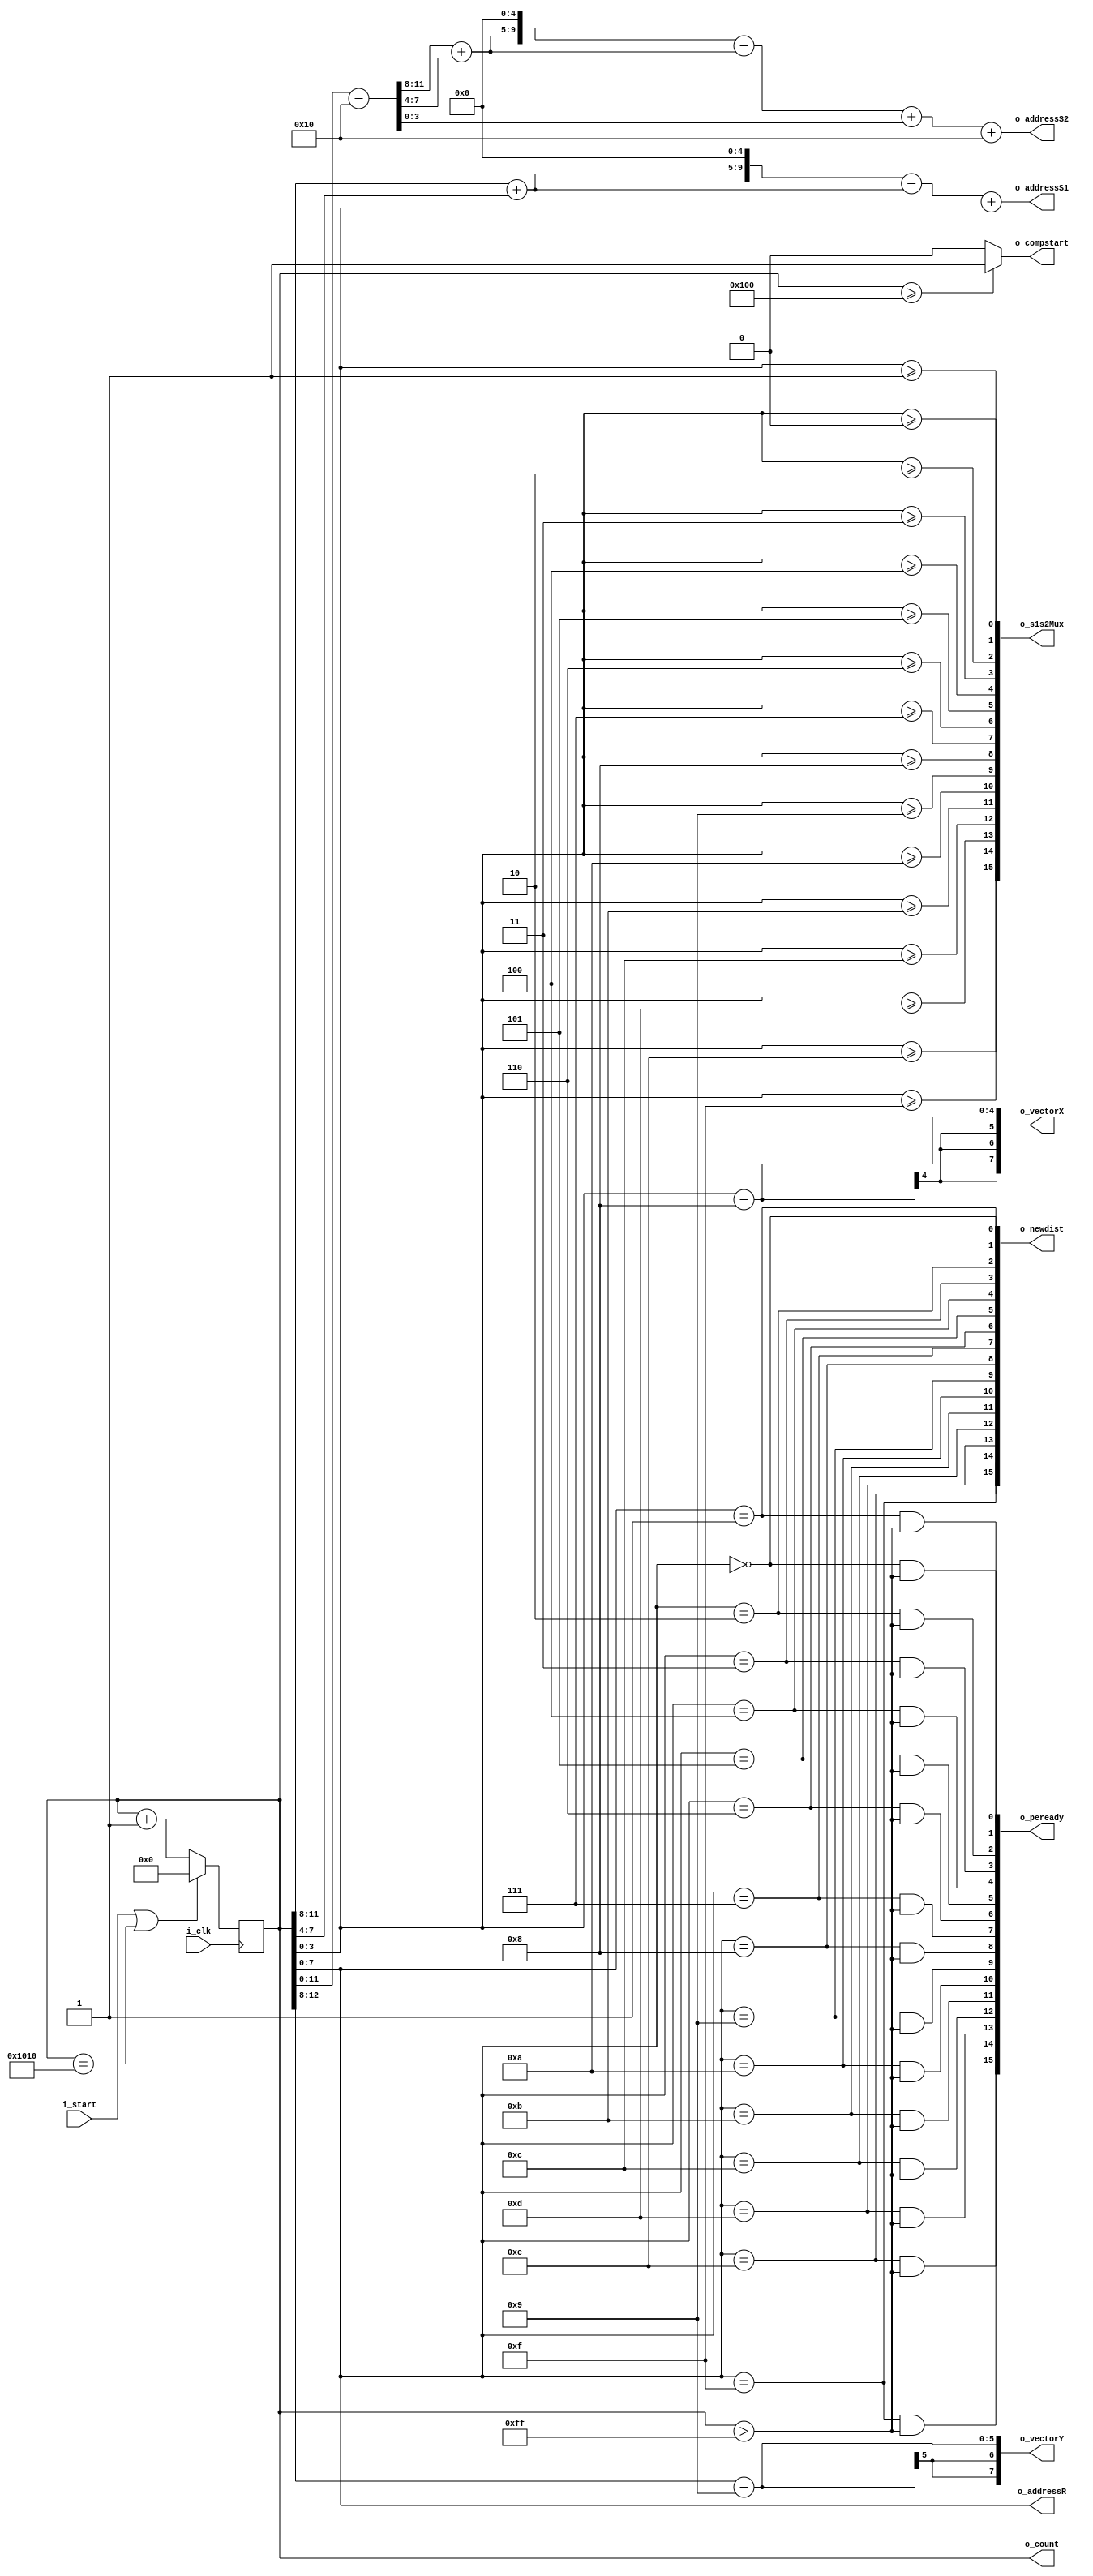
module controller(i_clk, i_start, o_s1s2Mux, o_newdist, o_count, o_compstart, o_peready, o_vectorX, o_vectorY, o_addressR, o_addressS1, o_addressS2);

input               i_clk;
input               i_start;

output  [15:0]      o_s1s2Mux;
output  [15:0]      o_newdist;
output              o_compstart;
output  [15:0]      o_peready;
output  [7:0]       o_vectorX, o_vectorY;
output  [7:0]       o_addressR;
output  [9:0]       o_addressS1,o_addressS2;
output  [12:0]      o_count;

reg     [15:0]      o_s1s2Mux;
reg     [15:0]      o_newdist;
reg     [15:0]      o_peready;
reg     [7:0]       o_vectorX,o_vectorY;
reg     [7:0]       o_addressR;
reg     [9:0]       o_addressS1,o_addressS2;
reg     [12:0]      o_count;
reg     [11:0]      temp_count;
reg                 completed;

integer             i;

always @(posedge i_clk) begin
    if(i_start == 1 || completed == 1) o_count <= 13'b0;
    else o_count <= o_count + 1'b1;
end

assign o_compstart = ((o_count[12:0] >= 12'd256) ? 1 : 0);

always @(*) begin
    for (i=0; i<16; i = i+1) begin
        o_newdist[i] = (o_count[7:0] == i);
        o_peready[i] = (o_newdist[i] && (o_count > 8'd255));
        o_s1s2Mux[i] = (o_count[3:0] >= i);
    end
    o_addressR = o_count[7:0];
    o_addressS1 = (((o_count[11:8] + o_count[7:4]) << 5) - (o_count[11:8] + o_count[7:4])) + o_count[3:0];
    temp_count = o_count[11:0] - 5'd16;
    o_addressS2 = (((temp_count[11:8] + temp_count[7:4]) << 5) - (temp_count[11:8] + temp_count[7:4])) + temp_count[3:0] + 5'd16;
    o_vectorX = o_count[3:0] - 4'd8;
    o_vectorY = o_count[12:8] - 4'd9;
    //completed = (o_count[11:0] == 4'hF * (8'hFF + 1));
    completed = (o_count[12:0] == ((256 * 16) + 16));
end

endmodule